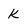
Character: k